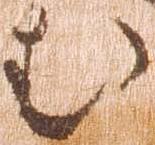
む